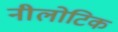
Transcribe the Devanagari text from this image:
नीलोटिक